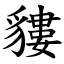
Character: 貗